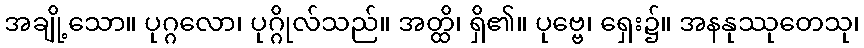
အချို့သော။ ပုဂ္ဂလော၊ ပုဂ္ဂိုလ်သည်။ အတ္ထိ၊ ရှိ၏။ ပုဗ္ဗေ၊ ရှေး၌။ အနနုဿုတေသု၊